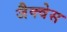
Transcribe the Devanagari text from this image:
जैक्वेस